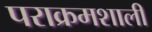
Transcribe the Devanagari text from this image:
पराक्रमशाली